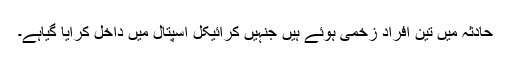
حادثہ میں تین افراد زخمی ہوئے ہیں جنہیں کرائیکل اسپتال میں داخل کرایا گیاہے۔